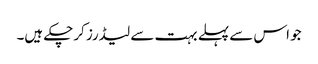
جو اس سے پہلے بہت سے لیڈرز کرچکے ہیں۔